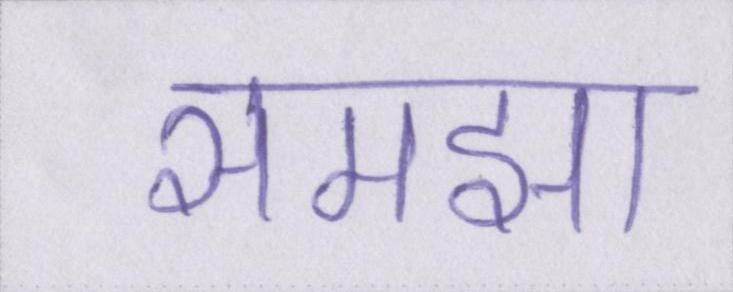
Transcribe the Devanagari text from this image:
समझा